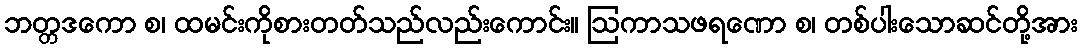
ဘတ္တဒကော စ၊ ထမင်းကိုစားတတ်သည်လည်းကောင်း။ ဩကာသဖရဏော စ၊ တစ်ပါးသောဆင်တို့အား